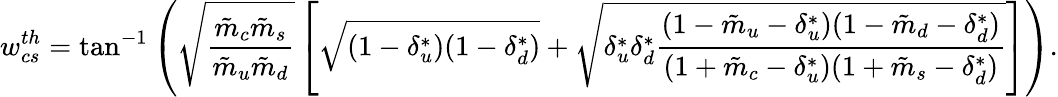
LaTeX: w_{cs}^{th}=\tan^{-1}\left(\sqrt{\frac{\tilde{m}_{c}\tilde{m}_{s}}{\tilde{m}_{u}\tilde{m}_{d}}}\left[\sqrt{(1-\delta_{u}^{*})(1-\delta_{d}^{*})}+\sqrt{\delta_{u}^{*}\delta_{d}^{*}\frac{(1-\tilde{m}_{u}-\delta_{u}^{*})(1-\tilde{m}_{d}-\delta_{d}^{*})}{(1+\tilde{m}_{c}-\delta_{u}^{*})(1+\tilde{m}_{s}-\delta_{d}^{*})}}\right]\right).